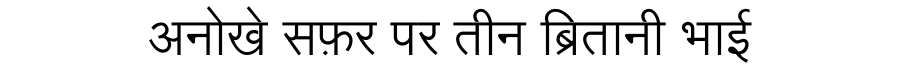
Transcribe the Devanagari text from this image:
अनोखे सफ़र पर तीन ब्रितानी भाई